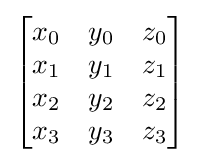
{\begin{bmatrix}x_{0}&y_{0}&z_{0}\\x_{1}&y_{1}&z_{1}\\x_{2}&y_{2}&z_{2}\\x_{3}&y_{3}&z_{3}\end{bmatrix}}